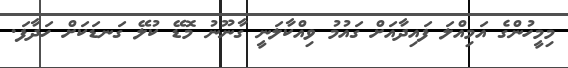
މިމީހުންގެ އަމިއްލަ ފައިދާއަށް ގައުމު ވިއްކާލަނީ ގާނޫނު މޮޑޭ ކުލޭ ގަނޑަކަށް ހަދާފަ.